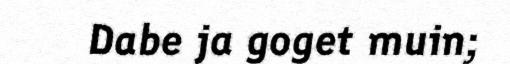
Dabe ja goget muin;